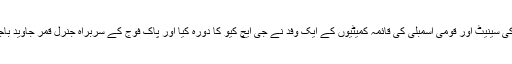
اس بوالعجبی کے دوران سوموار کو پاکستان کی سینیٹ اور قومی اسمبلی کی قائمہ کمیٹیوں کے ایک وفد نے جی ایچ کیو کا دورہ کیا اور پاک فوج کے سربراہ جنرل قمر جاوید باجوہ سے بے تکلفانہ ماحول میں بات چیت کی۔